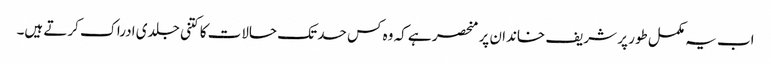
اب یہ مکمل طور پر شریف خاندان پر منحصر ہے کہ وہ کس حد تک حالات کا کتنی جلدی ادراک کرتے ہیں۔